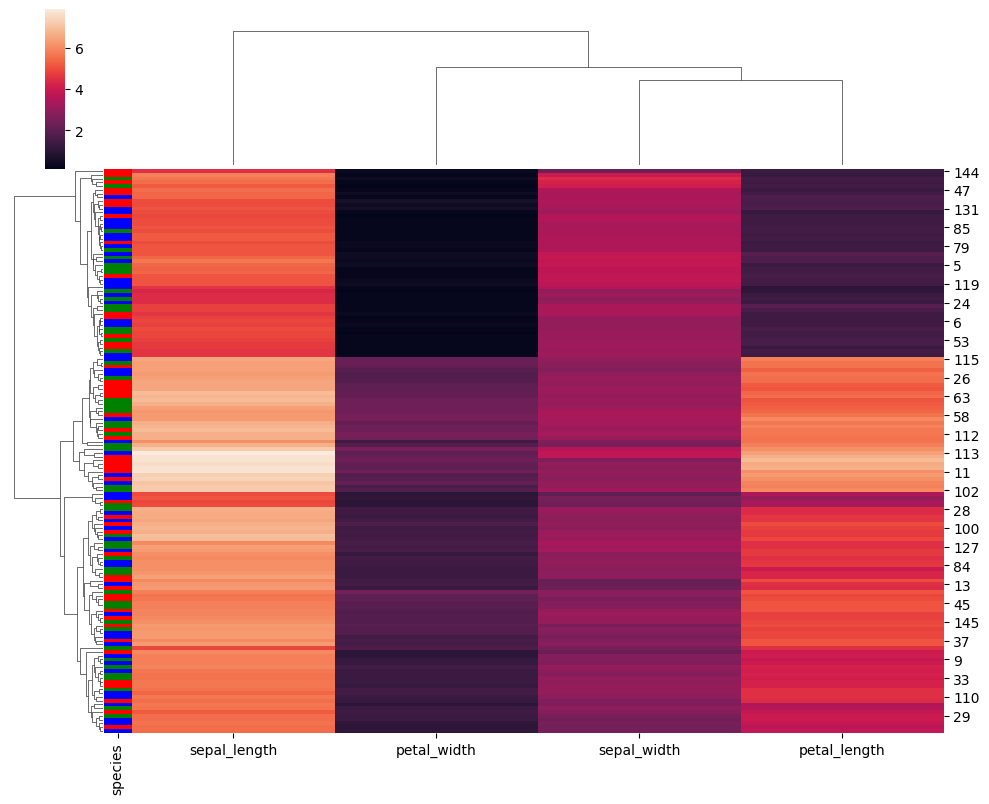
python, seaborn, clustermap, figsize=(10, 8), row_cluster=True, dendrogram_ratio=(0.1, 0.2), cbar_pos=(0.05, 0.8, 0.02, 0.2)